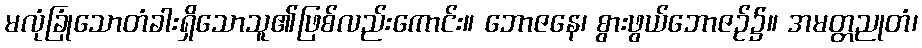
မလုံခြုံသောတံခါးရှိသောသူ၏ဖြစ်လည်းကောင်း။ ဘောဇနေ၊ စွားဖွယ်ဘောဇဉ်၌။ အမတ္တညုတံ၊